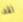
لقد